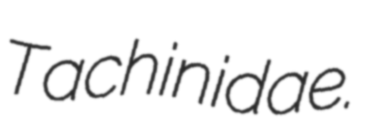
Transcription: Tachinidae.